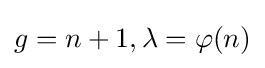
g=n+1,\lambda =\varphi (n)